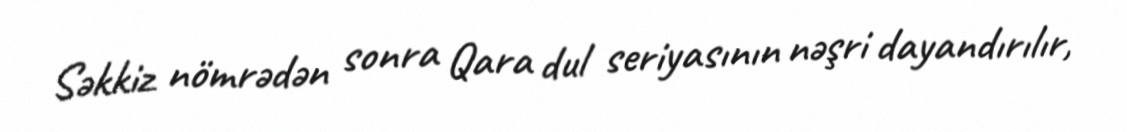
Səkkiz nömrədən sonra Qara dul seriyasının nəşri dayandırılır,